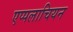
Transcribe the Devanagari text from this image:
एप्पलाचियन